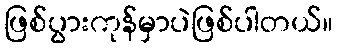
ဖြစ်ပွားကုန်မှာပဲဖြစ်ပါတယ်။